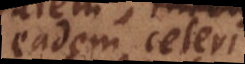
eadem celeritate